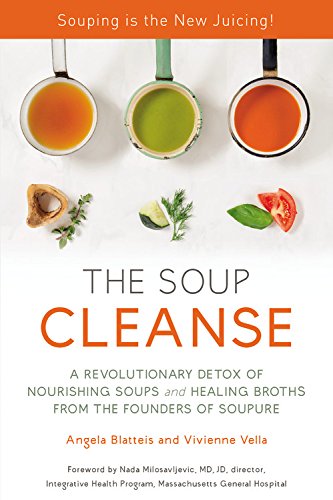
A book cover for THE SOUP CLEANSE: A Revolutionary Detox of Nourishing Soups and Healing Broths from the Founders of Soupure; Angela Blatteis; Cookbooks, Food & Wine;